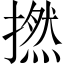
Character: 撚